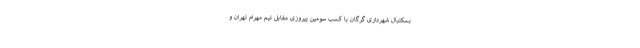
بسکتبال شهرداری گرگان با کسب سومین پیروزی مقابل تیم مهرام تهران و